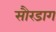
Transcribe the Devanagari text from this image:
सौरडाग